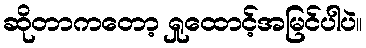
ဆိုတာကတော့ ရှုထောင့်အမြင်ပါပဲ။